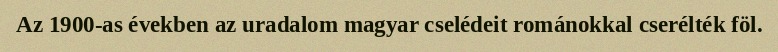
Az 1900-as években az uradalom magyar cselédeit románokkal cserélték föl.